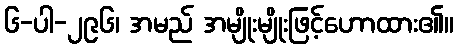
၆-ပါ-၂၉၆၊ အမည် အမျိုးမျိုးဖြင့်ဟောထား၏။